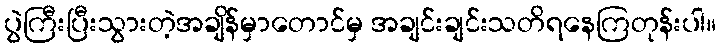
ပွဲကြီးပြီးသွားတဲ့အချိန်မှာတောင်မှ အချင်းချင်းသတိရနေကြတုန်းပါ။